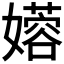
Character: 𫲇